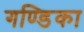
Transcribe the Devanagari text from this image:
गण्डिका